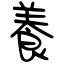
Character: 養